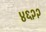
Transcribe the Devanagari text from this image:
४६२२